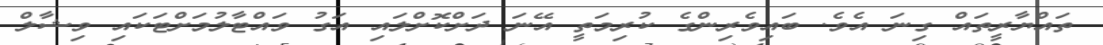
ތައްޔާރީތައް ގިނަ އެވެ. ބައިވެރިންގެ ކުރިމަތީ އޭނަ ދަށްކޮށްލައި އަގު ވައްޓާލުމަށްޓަކައި ވިޝާލް